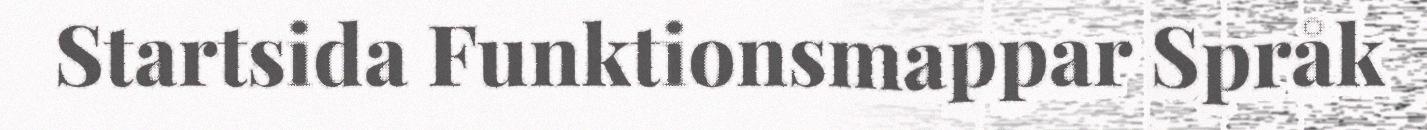
Startsida Funktionsmappar Språk